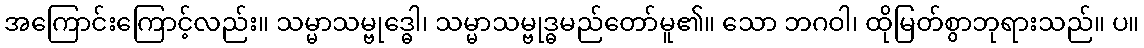
အကြောင်းကြောင့်လည်း။ သမ္မာသမ္ဗုဒ္ဓေါ၊ သမ္မာသမ္ဗုဒ္ဓမည်တော်မူ၏။ သော ဘဂဝါ၊ ထိုမြတ်စွာဘုရားသည်။ ပ။